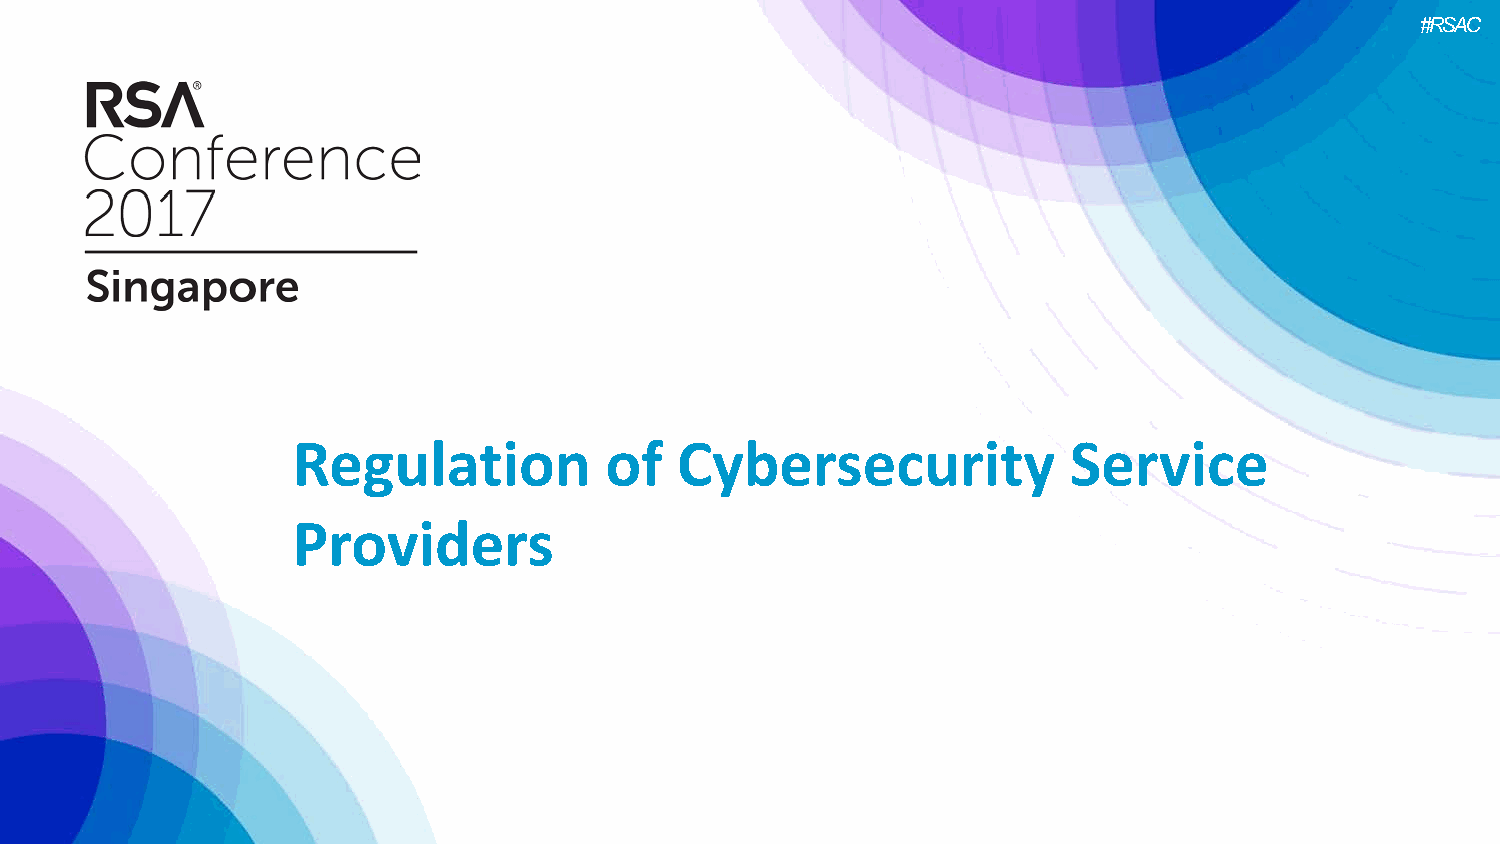
#RSAC
 Regulation           of   Cybersecurity             Service
 Providers